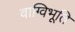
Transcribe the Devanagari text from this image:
वाग्विभूति